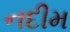
નદીમ